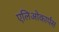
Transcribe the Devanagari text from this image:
एलिओकार्पस